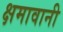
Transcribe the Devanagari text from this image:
क्षमावानी